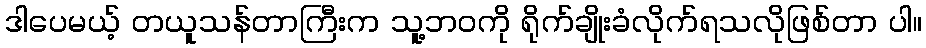
ဒါပေမယ့် တယူသန်တာကြီးက သူ့ဘဝကို ရိုက်ချိုးခံလိုက်ရသလိုဖြစ်တာ ပါ။